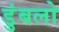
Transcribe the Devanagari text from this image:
डुंबलो